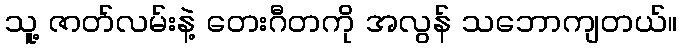
သူ့ ဇာတ်လမ်းနဲ့ တေးဂီတကို အလွန် သဘောကျတယ်။